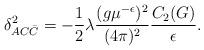
LaTeX: \begin{align*}\delta_{AC\bar{C}}^2 =-\frac12\lambda \frac{(g\mu^{-\epsilon})^2}{(4\pi)^2} \frac{C_2(G)}{\epsilon} .\end{align*}